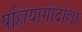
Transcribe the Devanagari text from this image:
पल्लियागोदाल्ला